Report of the Hyderabad Chloroform Commission
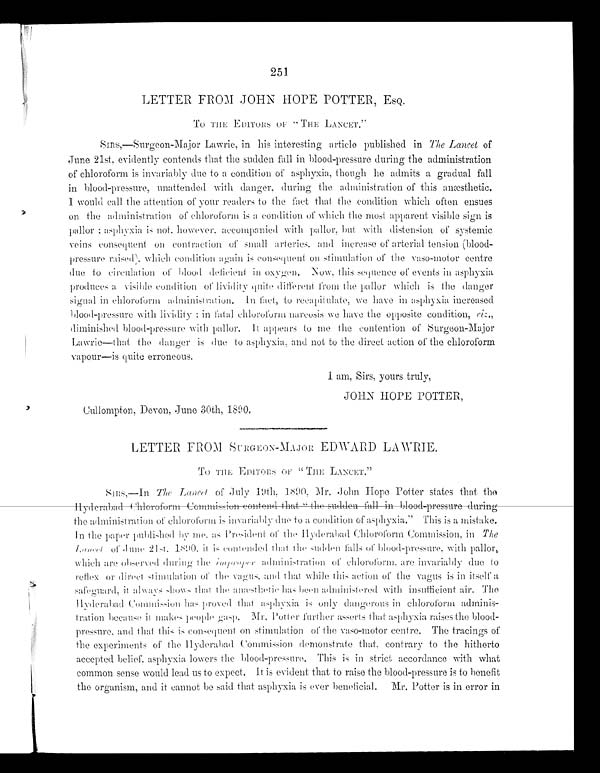
251
LETTER FROM JOHN HOPE POTTER, ESQ.
To THE EDITORS OF "THE LANCET."
SIRS,—Surgeon-Major Lawrie, in his interesting article published in The Lancet of
June 21st, evidently contends that the sudden fall in blood-pressure during the administration
of chloroform is invariably due to a condition of asphyxia, though he admits a gradual fall
in blood-pressure, unattended with danger, during the administration of this anæsthetic.
I would call the attention of your readers to the fact that the condition which often ensues
on the administration of chloroform is a condition of which the most apparent visible sign is
pallor; asphyxia is not, however, accompanied with pallor, but with distension of systemic
veins consequent on contraction of small arieries, and increase of arterial tension (blood-
pressure raised), which condition again is consequent on stimulation of the vaso-motor centre
due to circulation of blood deficient in oxygen. Now, this sequence of events in asphyxia
produces a visible condition of lividity quite different from the pallor which is the danger
signal in chloroform administration. In fact, to recapitulate, we have in asphyxia increased
blood-pressure with lividity; ill fatal chloroform narcosis we have the opposite condition, viz.,
diminished blood-pressure with pallor. It appears to me the contention of Surgeon-Major
Lawrie—that the danger is due to asphyxia, and not to the direct action of the chloroform
vapour—is quite erroneous.
I am, Sirs, yours truly,
JOHN HOPE POTTER,
Cullompton, Devon, June 30th, 1890.
LETTER FROM SURGEON-MAJOR EDWARD LAWRIE.
To THE EDITORS OF "THE LANCET."
SIRS,— In The Lancet of July 19th, 1890. Mr. John Hope Potter states that the
Hyderabad Chloroform Commission contend that "the sudden fall in blood-pressure during
the administration of chloroform is invariably due to a condition of asphyxia." This is a mistake.
In the paper published by me, as President of the Hyderabad Chloroform Commission, in The
Lancet of June 21st, 1890, it is contended that the sudden falls of blood-pressure, with pallor,
which are observed during the improper
administration of chloroform, are invariably due to
reflex or direct stimulation of the vagus, and that while this action of the vagus is in itself a
safeguard, it always shows that the anæsthetic has been administered with insufficient air. The
Hyderabad Commission has proved that asphyxia is only dangerous in chloroform adminis--
tration because it makes people gasps. Mr. Potter further asserts that asphyxia raises the blood-
pressure, and that this is consequent on stimulation of them vaso-motor centre. The tracings of
the experiments of the Hyderabad Commission demonstrate that, contrary to the hitherto
accepted belief, asphyxia lowers the blood-pressure. This is in strict accordance with what
common sense would lead us to expect. It is evident that to raise the blood-pressure is to benefit
the organism, and it cannot be said that asphyxia is ever beneficial. Mr. Potter is in error in